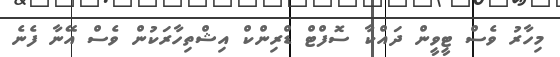
މިހާރު ވެސް ޓީވީން ދައްކާ ސޮފްޓް ޑްރިންކް އިޝްތިހާރަކުން ވެސް އޭނާ ފެނެ